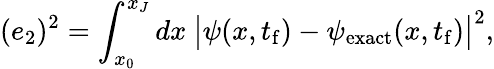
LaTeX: (e_{2})^{2}=\int_{x_{0}}^{x_{J}}dx\ \big|\psi(x,t_{\mathrm{f}})-\psi_{\mathrm{exact}}(x,t_{\mathrm{f}})\big|^{2},